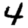
Digit: 4